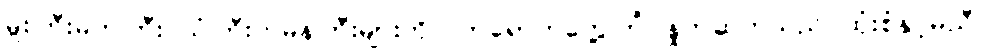
မှူးကြီးမတ်ကြီး သံကြီးတမန်ကြီးများကို လာရောက်တွေ့ကြုံ နှုတ်ဆက်သည် ထုံးစံနှင့်မညီ၊